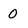
Character: 0